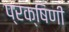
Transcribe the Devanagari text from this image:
प्रक्षिणी